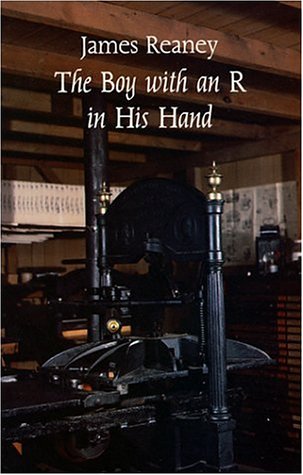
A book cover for The Boy With an R in His Hand; James Reaney; Teen & Young Adult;